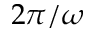
2 \pi / \omega